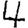
Digit: 4